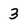
Character: 3